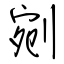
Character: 剜